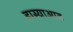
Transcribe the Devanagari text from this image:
हास्याआड